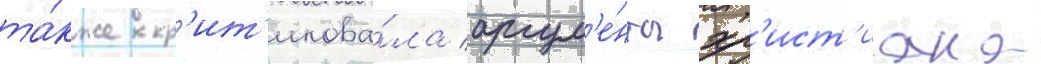
та́кже кр'ит'икова́ла аргум'е́нты хр'ист'иана